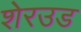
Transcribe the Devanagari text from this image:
शेरउड